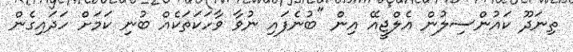
ތިނަދޫ ކައުންސިލުން އެލްޖީއޭ އިން "ބުނެފައި ނުވާ ވާހަކަތަކެއްް ބުނި ކަމަށް ހަދައިގެން